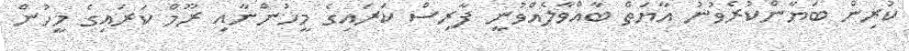
ކުރިން ބަޔާންކުރެވުނު އާޔަތް ބާއްވާލެއްވުނީ ފާރިސް ކަރައިގެ މީހުންނާއި ރޫމް ކަރައިގެ މީހުން